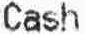
CASH